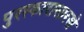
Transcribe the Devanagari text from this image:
पुरस्कारासारखे